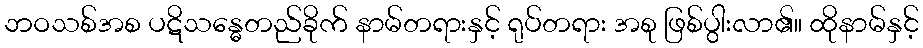
ဘဝသစ်အစ ပဋိသန္ဓေတည်ခိုက် နာမ်တရားနှင့် ရုပ်တရား အစု ဖြစ်ပွါးလာ၏။ ထိုနာမ်နှင့်